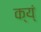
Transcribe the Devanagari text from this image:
क्य्ं